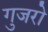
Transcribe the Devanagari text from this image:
गुजरो